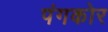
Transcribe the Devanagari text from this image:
पंगकोर